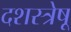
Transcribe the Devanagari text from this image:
दशस्त्रेषू